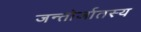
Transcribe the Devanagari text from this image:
जन्तोर्जातस्य